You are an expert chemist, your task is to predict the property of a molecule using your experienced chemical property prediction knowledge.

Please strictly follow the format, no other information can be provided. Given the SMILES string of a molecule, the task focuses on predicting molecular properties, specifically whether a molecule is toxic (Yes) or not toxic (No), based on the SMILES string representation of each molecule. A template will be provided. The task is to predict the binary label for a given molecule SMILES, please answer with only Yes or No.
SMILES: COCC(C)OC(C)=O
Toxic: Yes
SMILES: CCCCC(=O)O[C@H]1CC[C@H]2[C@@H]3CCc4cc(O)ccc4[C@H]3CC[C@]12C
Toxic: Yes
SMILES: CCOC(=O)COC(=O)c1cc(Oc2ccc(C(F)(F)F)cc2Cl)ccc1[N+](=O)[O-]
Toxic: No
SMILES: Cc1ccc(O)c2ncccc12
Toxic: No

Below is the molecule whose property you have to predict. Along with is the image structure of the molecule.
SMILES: O=[N+]([O-])c1ccc(O)c2ncccc12
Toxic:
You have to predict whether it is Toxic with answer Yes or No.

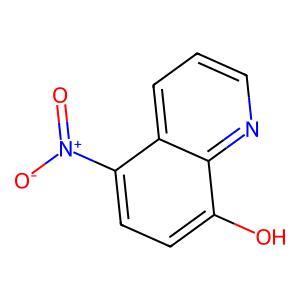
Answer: No